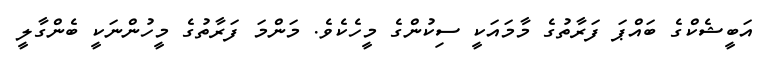
އަބީޝެކްގެ ބައްޕަ ފަރާތުގެ މާމައަކީ ސިކުންގެ މީހެކެވެ. މަންމަ ފަރާތުގެ މީހުންނަކީ ބެންގާލީ